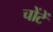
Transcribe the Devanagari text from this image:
चोंटें